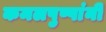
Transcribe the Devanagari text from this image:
कमलपुष्पांनी